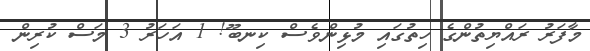
މާފަރު ރައްޔިތުންގެ ހިތުގައި މުޅިންވެސް ކިނބޫ! 1 އަހަރު 3 މަސް ކުރިން